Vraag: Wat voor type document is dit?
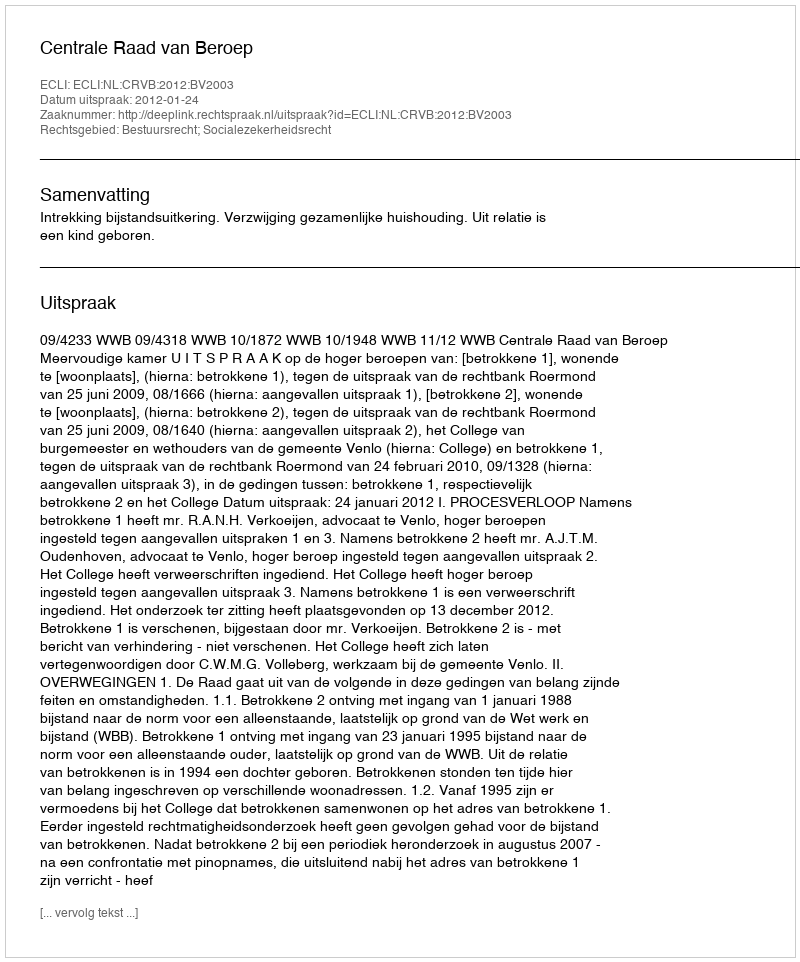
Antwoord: Uitspraak